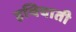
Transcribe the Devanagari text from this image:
हथियाती